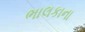
ભાલકાના